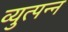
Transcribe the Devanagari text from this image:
व्युत्पन्‍न